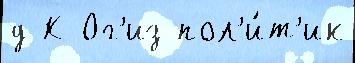
д К Ог'из пол'и́т'ик